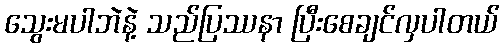
သွေးမပါဘဲနဲ့ သည်ပြဿနာ ပြီးစေချင်လှပါတယ်